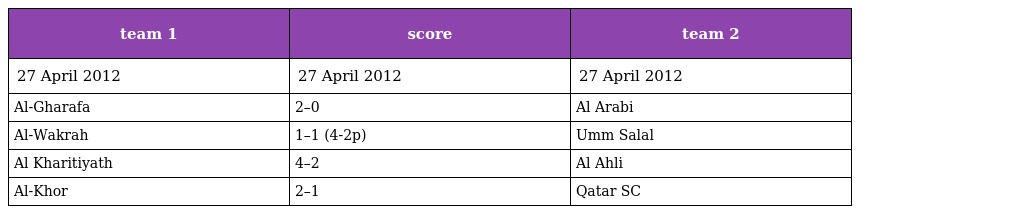
| team 1 | score | team 2 |
 | --- | --- | --- |
 | 27 April 2012 | 27 April 2012 | 27 April 2012 |
 | Al-Gharafa | 2–0 | Al Arabi |
 | Al-Wakrah | 1–1 (4-2p) | Umm Salal |
 | Al Kharitiyath | 4–2 | Al Ahli |
 | Al-Khor | 2–1 | Qatar SC |